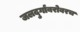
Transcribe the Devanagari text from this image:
जलदुर्गांबरोबरच